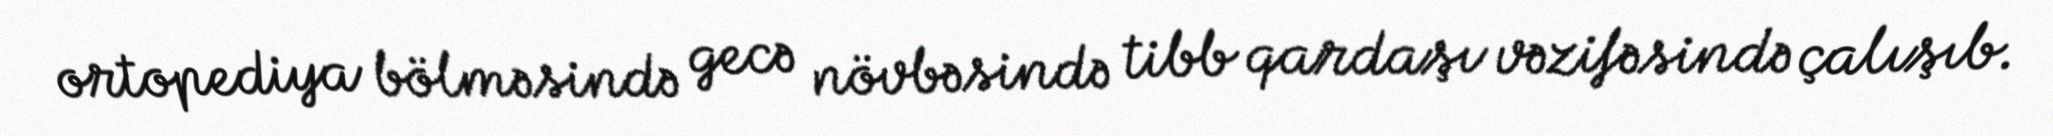
ortopediya bölməsində gecə növbəsində tibb qardaşı vəzifəsində çalışıb.